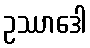
ဥဿာဒေါ